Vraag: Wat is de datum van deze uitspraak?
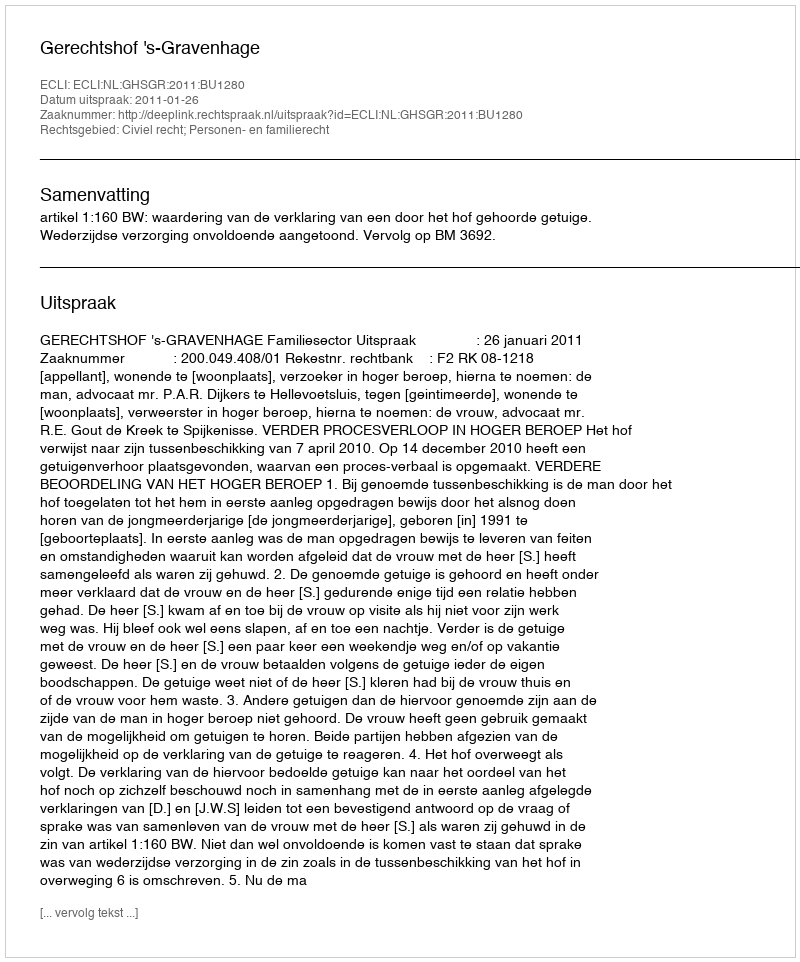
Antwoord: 2011-01-26